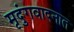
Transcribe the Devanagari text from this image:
मृदुंगवादनात